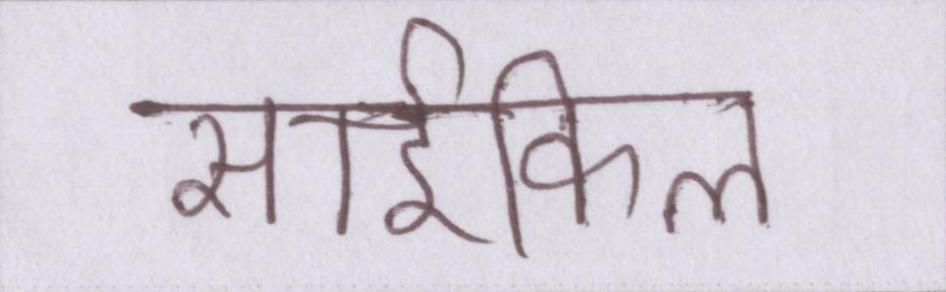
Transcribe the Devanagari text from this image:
साईकिल